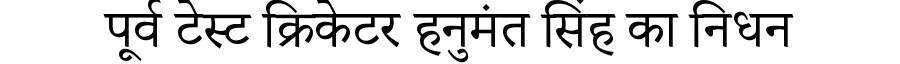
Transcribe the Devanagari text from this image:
पूर्व टेस्ट क्रिकेटर हनुमंत सिंह का निधन